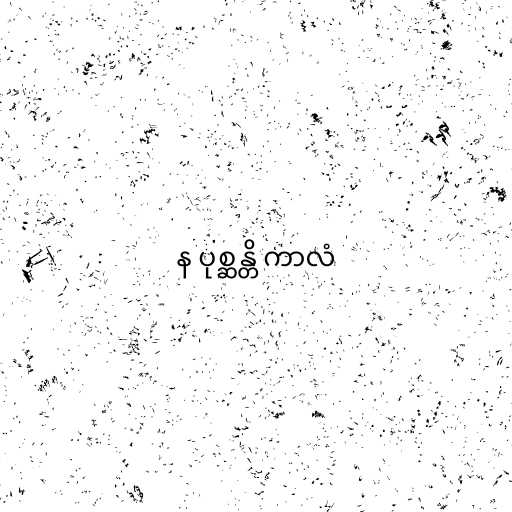
န ပုစ္ဆန္တိ ကာလံ